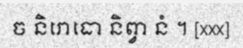
ច និរោធោ និព្វា នំ ។ [xxx]